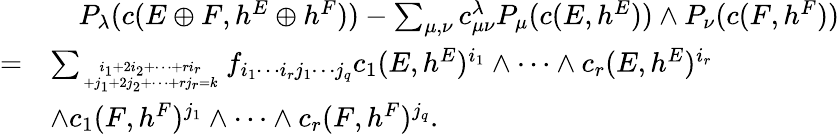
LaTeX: \begin{array}{rl}&{\quad P_{\lambda}(c(E\oplus F,h^{E}\oplus h^{F}))-\sum_{\mu,\nu}c_{\mu\nu}^{\lambda}P_{\mu}(c(E,h^{E}))\wedge P_{\nu}(c(F,h^{F}))}\\ {=}&{\sum_{i_{1}+2i_{2}+\cdots+ri_{r}\atop+j_{1}+2j_{2}+\cdots+rj_{r}=k}f_{i_{1}\cdots i_{r}j_{1}\cdots j_{q}}c_{1}(E,h^{E})^{i_{1}}\wedge\cdots\wedge c_{r}(E,h^{E})^{i_{r}}}\\ &{\wedge c_{1}(F,h^{F})^{j_{1}}\wedge\cdots\wedge c_{r}(F,h^{F})^{j_{q}}.}\end{array}